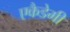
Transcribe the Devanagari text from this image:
एकैडेमी